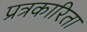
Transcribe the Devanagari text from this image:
प्रत्रकारिता